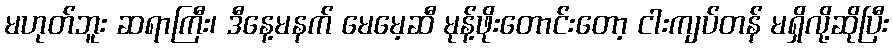
မဟုတ်ဘူး ဆရာကြီး၊ ဒီနေ့မနက် မေမေ့ဆီ မုန့်ဖိုးတောင်းတော့ ငါးကျပ်တန် မရှိလို့ဆိုပြီး